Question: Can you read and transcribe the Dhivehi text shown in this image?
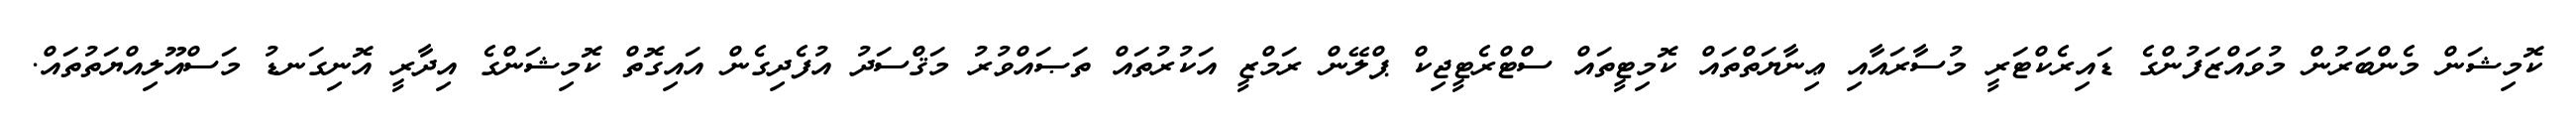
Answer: ކޮމިޝަން މެންބަރުން މުވައްޒަފުންގެ ޑައިރެކްޓަރީ މުސާރައާއި ޢިނާޔަތްތައް ކޮމިޓީތައް ސްޓްރެޓީޖިކް ޕްލޭން ރަމްޒީ އަކުރުތައް ތަޞައްވުރު މަޤްސަދު އުފެދިގެން އައިގޮތް ކޮމިޝަންގެ އިދާރީ އޮނިގަނޑު މަސްއޫލިއްޔަތުތައް.